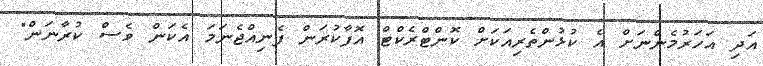
އަދި އަހަރުމެންނަށް އެ ކުޅުންތެރިއަކަށް ކޮންޓްރެކްޓް އޮފާކުރަން ފެނިއްޖެނަމަ އެކަން ވެސް ކުރާނަން"